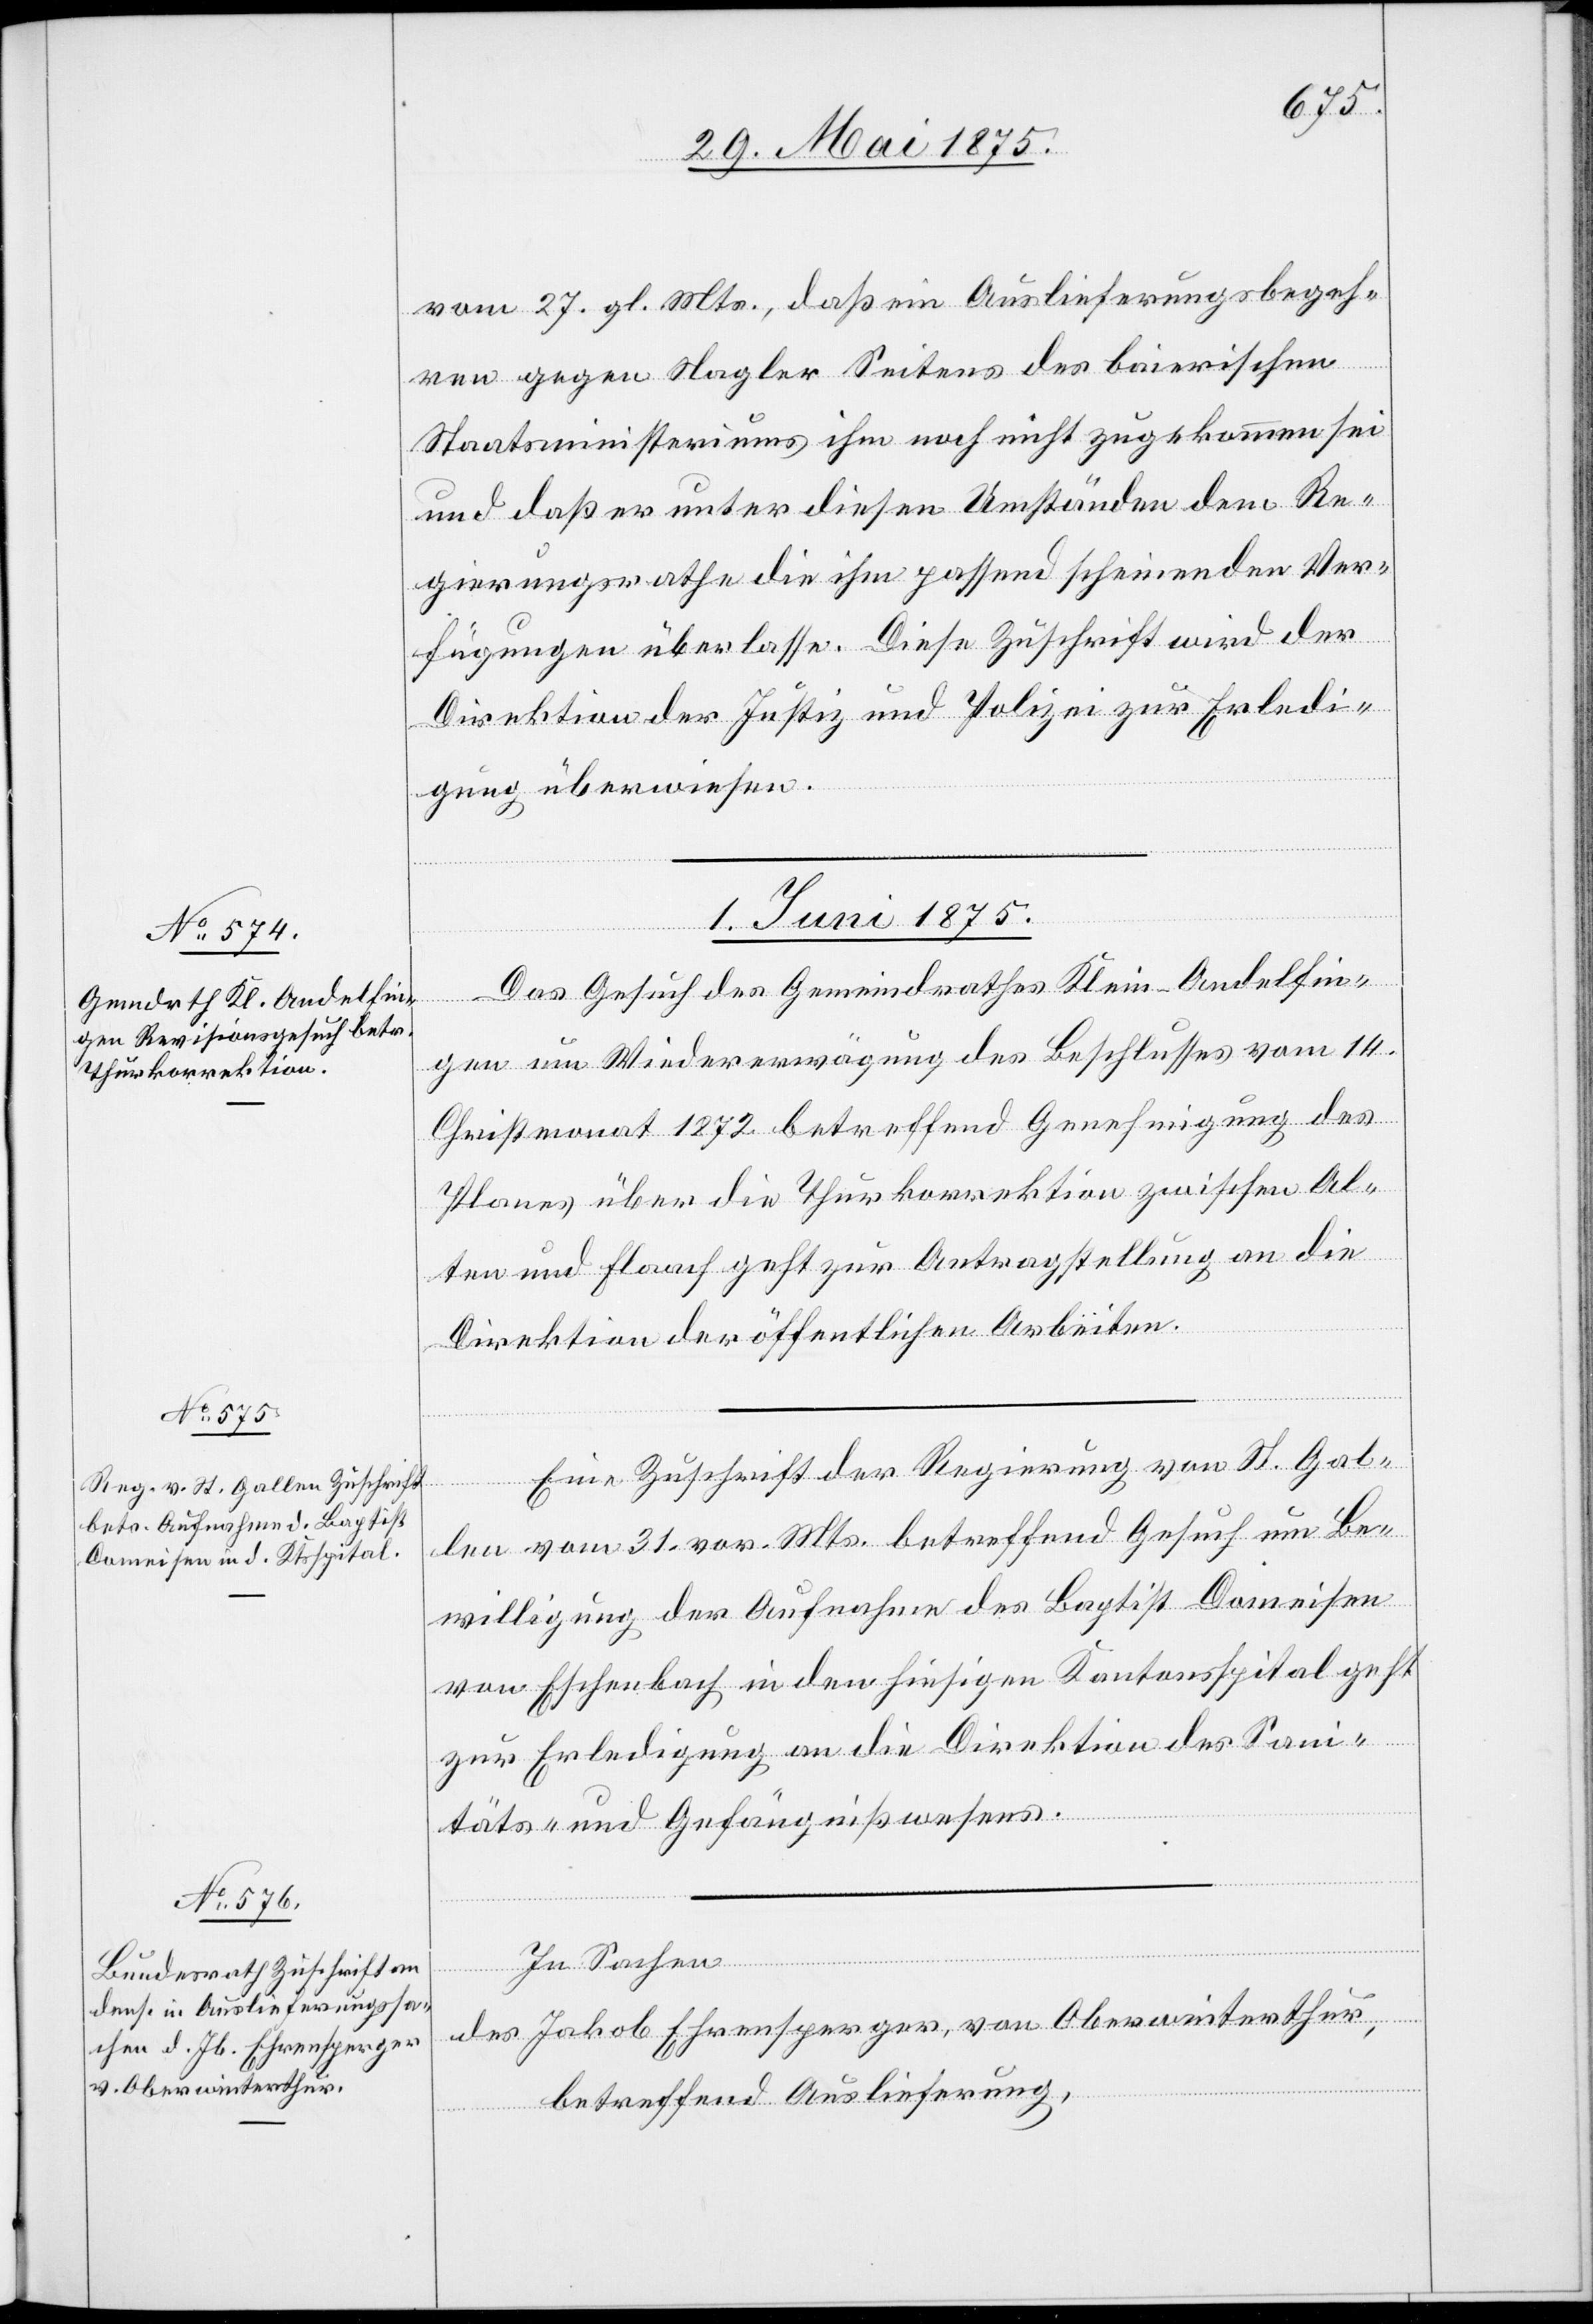
vom 27. gl. Mts., daß ein Auslieferungsbegeh¬
ren gegen Nagler Seitens des baierischen
Staatsministeriums ihm noch nicht zugekommen sei
und daß er unter diesen Umständen dem Re¬
gierungsrathe die ihm passend scheinenden Ver¬
fügungen überlasse. Diese Zuschrift wird der
Direktion der Justiz und Polizei zur Erledi¬
gung überwiesen.
1. Juni 1875.]
Das Gesuch des Gemeindrathes Klein-Andelfin¬
gen um Wiedererwägung des Beschlusses vom 14.
Christmonat 1872 betreffend Genehmigung des
Planes über die Thurkorrektion zwischen Al¬
ten und Flaach geht zur Antragstellung an die
Direktion der öffentlichen Arbeiten.
Eine Zuschrift der Regierung von St. Gal¬
len vom 31. vor. Mts betreffend Gesuch um Be¬
willigung der Aufnahme des Baptist Domeisen
von Eschenbach in den hiesigen Kantonsspital geht
zur Erledigung an die Direktion des San¬
itäts- und Gefängnißwesens.
In Sachen
des Jakob Ehrensperger, von Oberwinterthur,
betreffend Auslieferung,